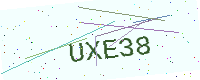
Text: UXE38